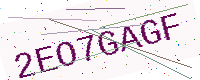
Text: 2EO7GAGF